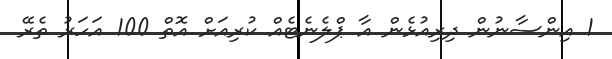
1 އިންސާނުން ދިރިއުޅެން އާ ޕްލެނެޓެއް ކުރިއަށް އޮތް 100 އަހަރު ތެރޭ